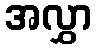
အလွှာ